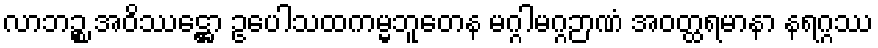
လာဘဉ္စ အဝိဿဋ္ဌော ဥပေါသထကမ္မဘူတေန မဂ္ဂါမဂ္ဂဉာဏံ အဝတ္ထရမာနာ နရဂ္ဂဿ